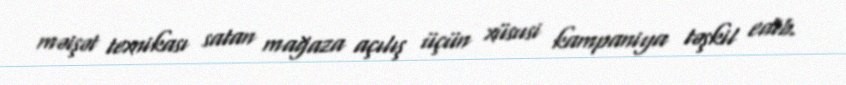
məişət texnikası satan mağaza açılış üçün xüsusi kampaniya təşkil edib.